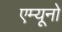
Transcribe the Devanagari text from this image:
एम्यूनो